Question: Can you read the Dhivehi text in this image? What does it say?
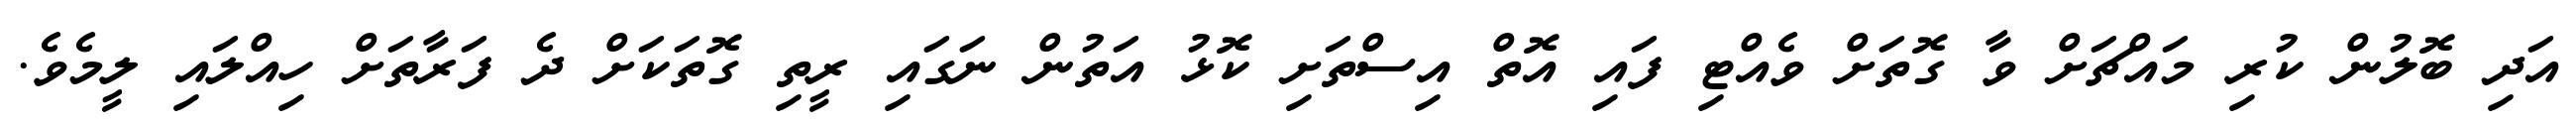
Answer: އަދި ބޮލުން ކުރި މައްޗަށް ވާ ގޮތަށް ވެއްޓި ފައި އޮތް އިސްތަށި ކޮޅު އަތުން ނަގައި ރީތި ގޮތަކަށް ދެ ފަރާތަށް ހިއްލައި ލީމެވެ.